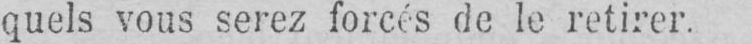
quels vous serez forcés de le retirer.